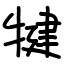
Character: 犍